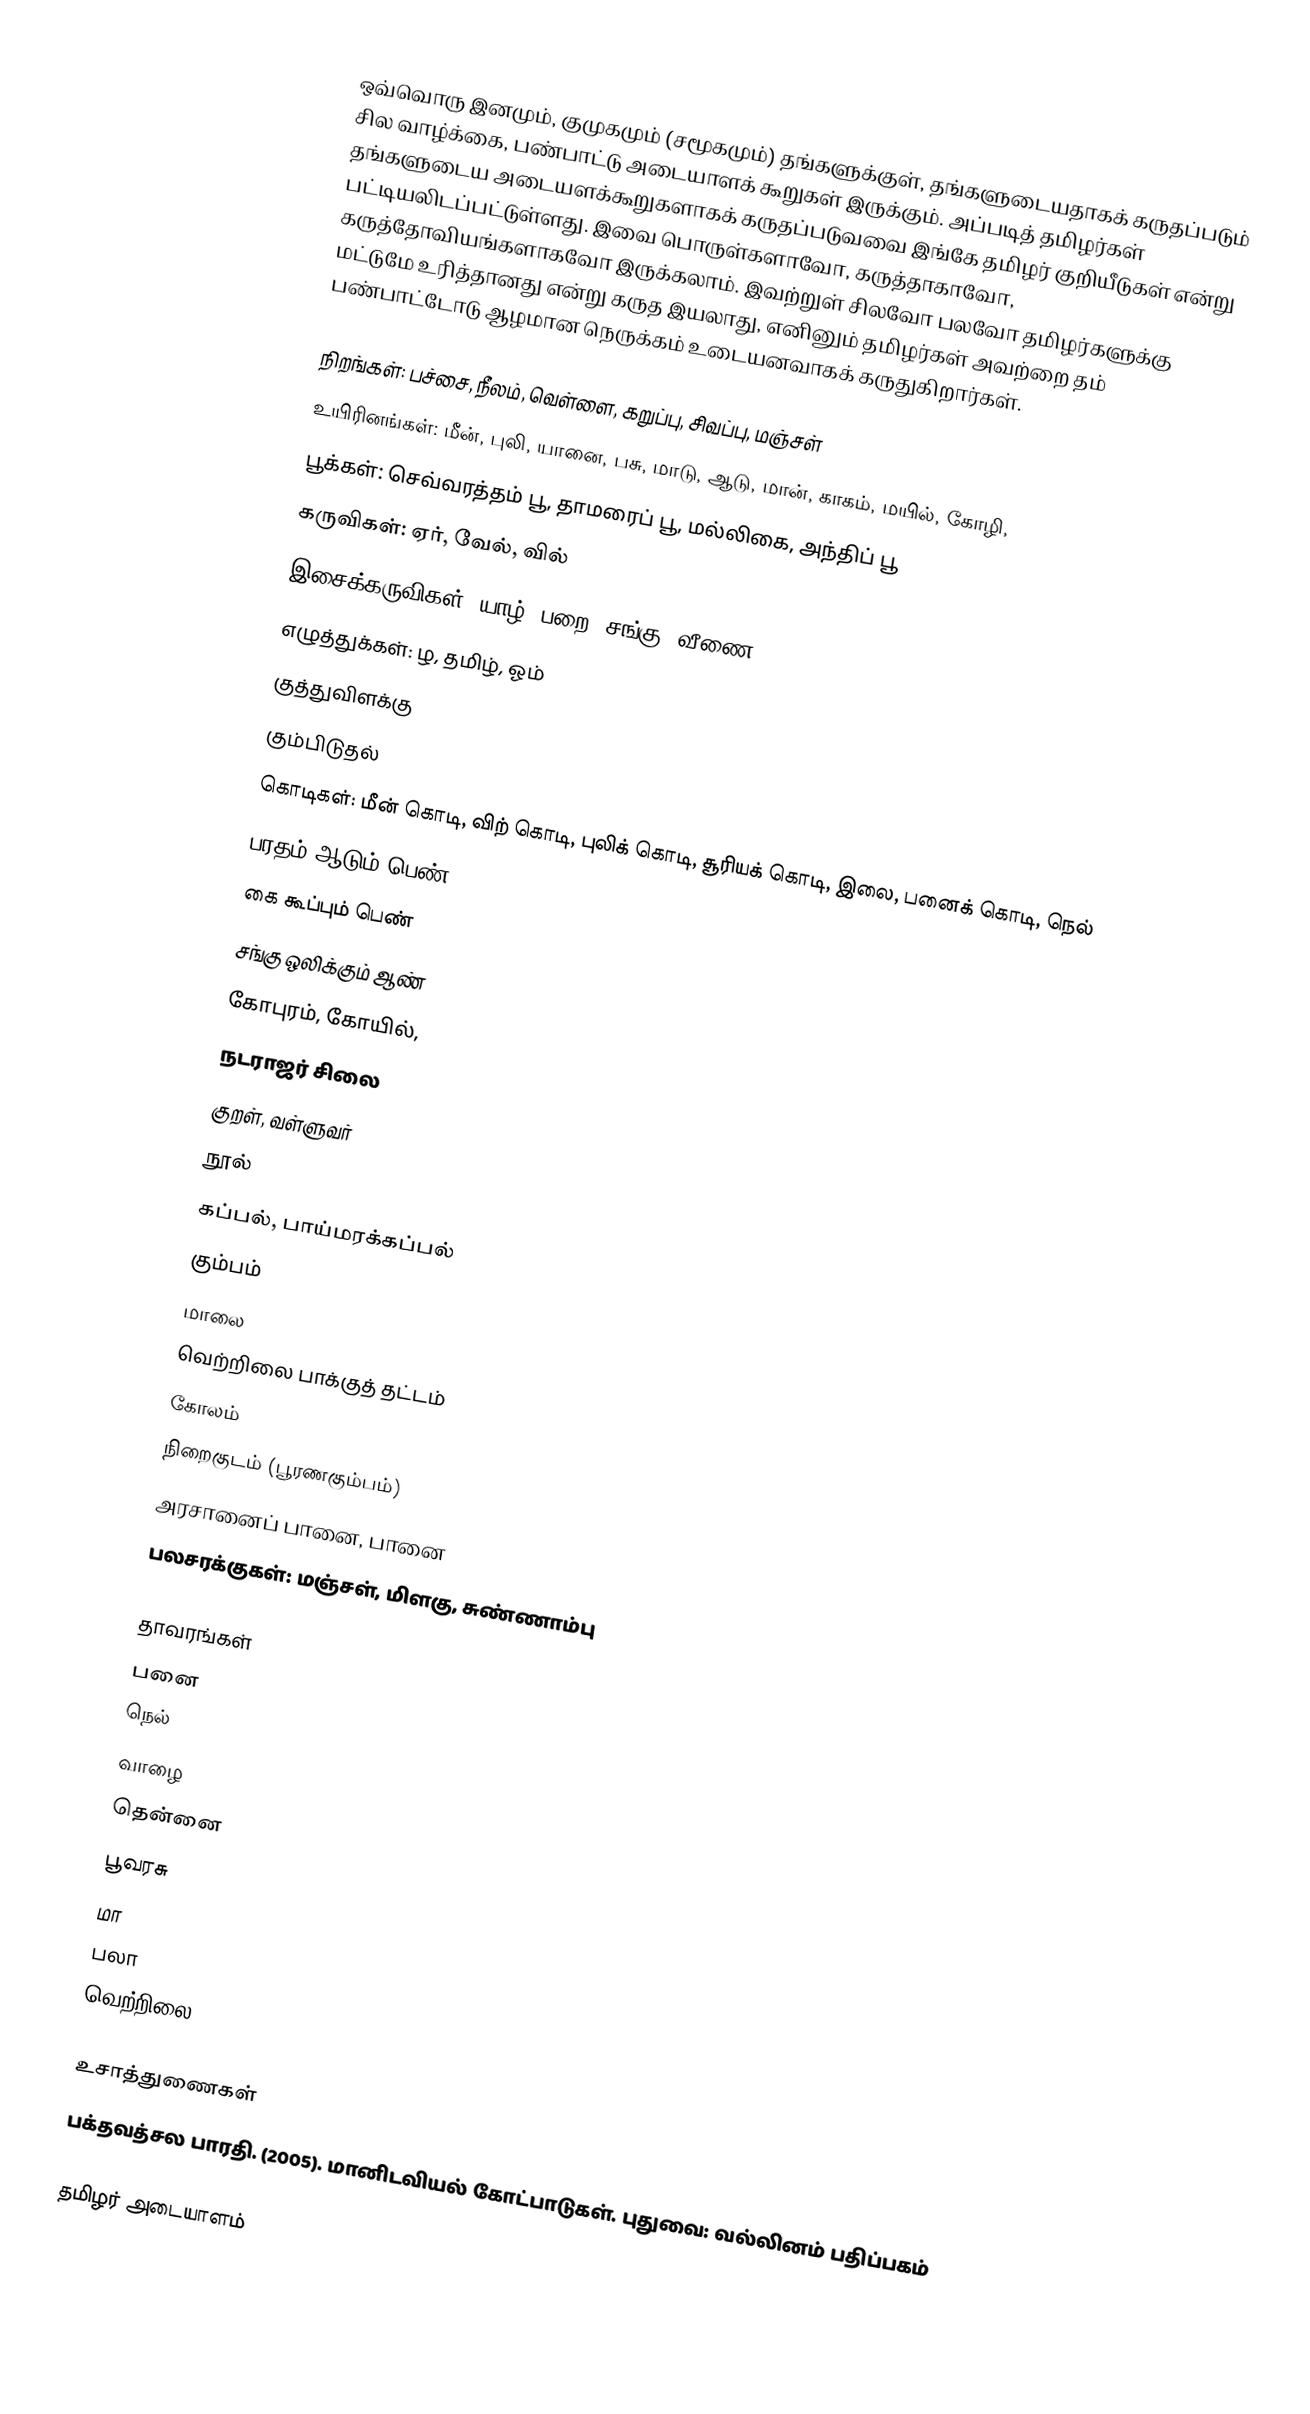
ஒவ்வொரு இனமும், குமுகமும் (சமூகமும்) தங்களுக்குள், தங்களுடையதாகக் கருதப்படும் சில வாழ்க்கை, பண்பாட்டு அடையாளக் கூறுகள் இருக்கும். அப்படித் தமிழர்கள் தங்களுடைய அடையளக்கூறுகளாகக் கருதப்படுவவை இங்கே தமிழர் குறியீடுகள் என்று பட்டியலிடப்பட்டுள்ளது. இவை பொருள்களாவோ, கருத்தாகாவோ,  கருத்தோவியங்களாகவோ இருக்கலாம். இவற்றுள் சிலவோ பலவோ தமிழர்களுக்கு மட்டுமே உரித்தானது என்று கருத இயலாது, எனினும் தமிழர்கள் அவற்றை தம் பண்பாட்டோடு ஆழமான நெருக்கம் உடையனவாகக் கருதுகிறார்கள்.

 நிறங்கள்: பச்சை, நீலம், வெள்ளை, கறுப்பு, சிவப்பு, மஞ்சள்
 உயிரினங்கள்: மீன், புலி, யானை, பசு, மாடு, ஆடு, மான், காகம், மயில், கோழி,
 பூக்கள்: செவ்வரத்தம் பூ, தாமரைப் பூ, மல்லிகை, அந்திப் பூ
 கருவிகள்: ஏர், வேல், வில்
 இசைக்கருவிகள்: யாழ், பறை, சங்கு, வீணை
 எழுத்துக்கள்: ழ, தமிழ், ஓம்
 குத்துவிளக்கு
 கும்பிடுதல்
 கொடிகள்: மீன் கொடி, விற் கொடி, புலிக் கொடி, சூரியக் கொடி, இலை, பனைக் கொடி, நெல்
 பரதம் ஆடும் பெண்
 கை கூப்பும் பெண்
 சங்கு ஒலிக்கும் ஆண்
 கோபுரம், கோயில்,
 நடராஜர் சிலை
 குறள், வள்ளுவர்
 நூல்
 கப்பல், பாய்மரக்கப்பல்
 கும்பம்
 மாலை
 வெற்றிலை பாக்குத் தட்டம்
 கோலம்
 நிறைகுடம் (பூரணகும்பம்)
 அரசானைப் பானை, பானை
 பலசரக்குகள்: மஞ்சள், மிளகு, சுண்ணாம்பு

தாவரங்கள்
 பனை
 நெல்
 வாழை
 தென்னை
 பூவரசு
 மா
 பலா
 வெற்றிலை

உசாத்துணைகள்
 பக்தவத்சல பாரதி. (2005). மானிடவியல் கோட்பாடுகள். புதுவை: வல்லினம் பதிப்பகம்

தமிழர் அடையாளம்